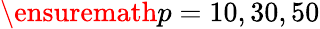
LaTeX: \ensuremath{p}=10,30,50